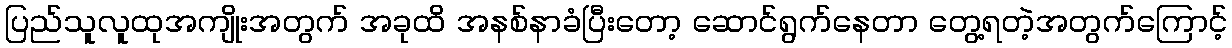
ပြည်သူလူထုအကျိုးအတွက် အခုထိ အနစ်နာခံပြီးတော့ ဆောင်ရွက်နေတာ တွေ့ရတဲ့အတွက်ကြောင့်